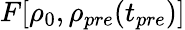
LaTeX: F[\rho_{0},\rho_{pre}(t_{pre})]